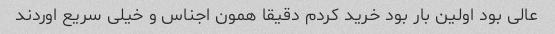
عالی بود اولین بار بود خرید کردم دقیقا همون اجناس و خیلی سریع اوردند